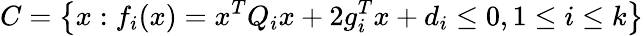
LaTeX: {C}=\left\{ x:f_{i}(x)=x^{T}Q_{i}x+2g_{i}^{T}x+d_{i}\leq 0,1\leq i\leq k\right\}